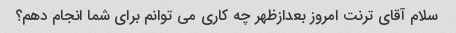
سلام آقای ترنت امروز بعدازظهر چه کاری می توانم برای شما انجام دهم؟